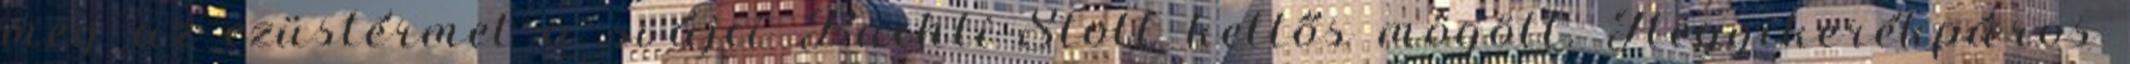
meg az ezüstérmet a svájci Buchli-Stoll kettős mögött. Hegyikerékpáros